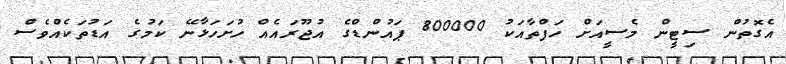
އެގޮތުން ސިޓީން މެސީއަށް ހަފްތާއަކު 800000 ޕައުންޑްގެ އުޖޫރައެއް ހުށަހަޅާނޭ ކަމުގެ އަޑުތަކެއްވެސް